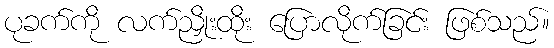
ပုခက်ကို လက်ညှိုးထိုး ပြောလိုက်ခြင်း ဖြစ်သည်။